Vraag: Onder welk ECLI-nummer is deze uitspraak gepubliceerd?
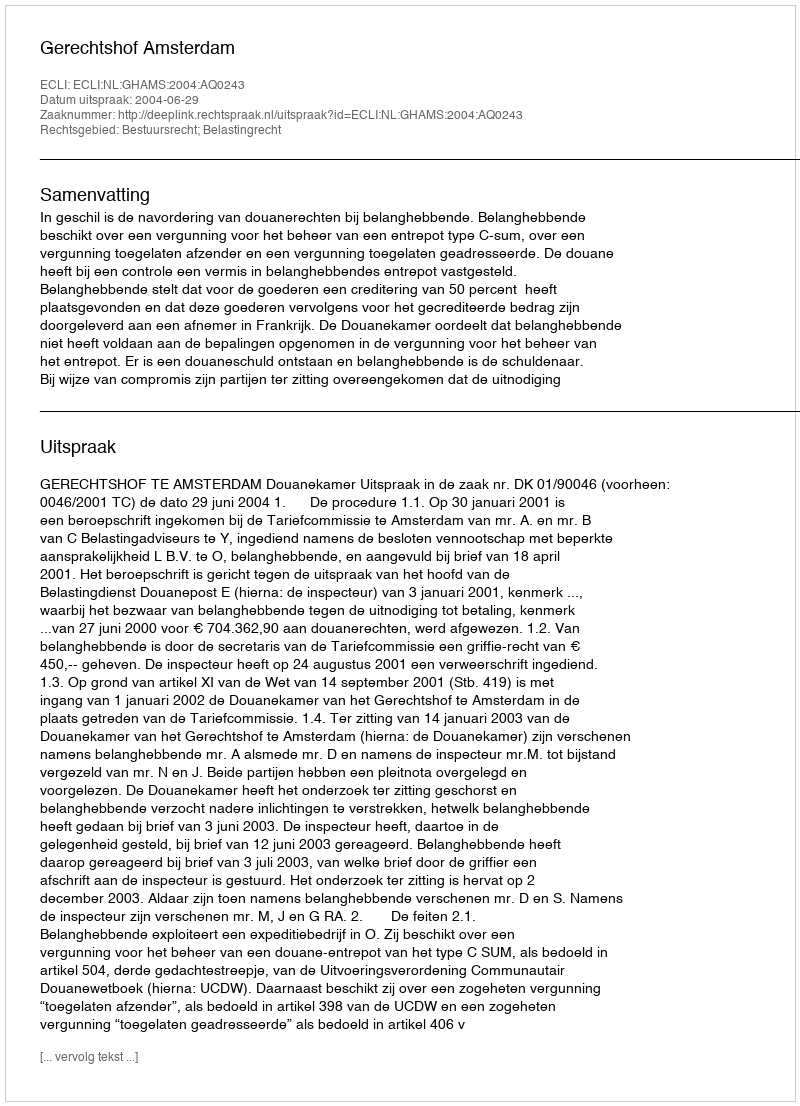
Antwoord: ECLI:NL:GHAMS:2004:AQ0243